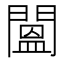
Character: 𨵷